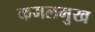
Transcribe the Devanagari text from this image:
कमलमुख